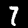
Label: 7